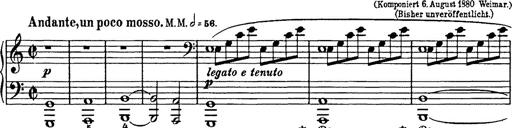
Title: In festo transfigurationis Domini nostri Jesu Christi
Composer: Franz Liszt